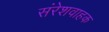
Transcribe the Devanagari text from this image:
संरेशवाहक